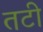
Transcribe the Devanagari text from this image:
तटी